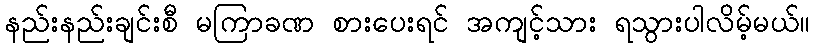
နည်းနည်းချင်းစီ မကြာခဏ စားပေးရင် အကျင့်သား ရသွားပါလိမ့်မယ်။